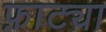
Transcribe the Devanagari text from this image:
फ़ाट्या